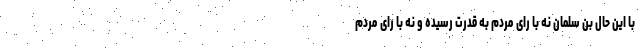
با این حال بن سلمان نه با رای مردم به قدرت رسیده و نه با رای مردم